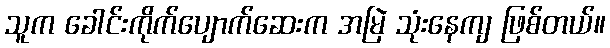
သူက ခေါင်းကိုက်ပျောက်ဆေးက အမြဲ သုံးနေကျ ဖြစ်တယ်။